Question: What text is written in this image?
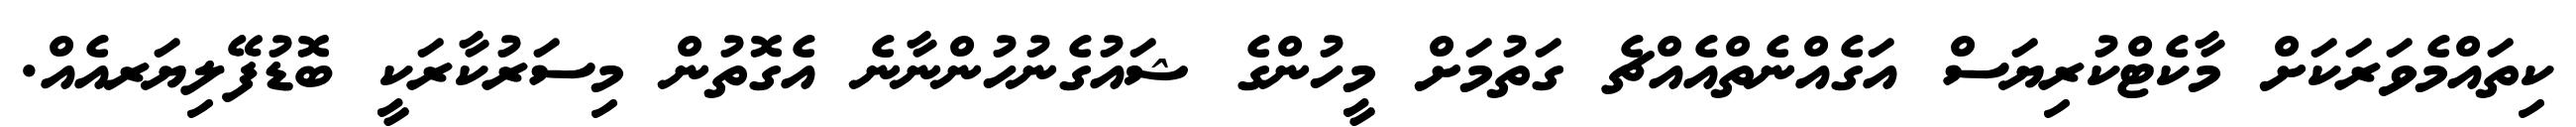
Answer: ކިތައްމެވަރަކަށް މާކެޓްކުރިޔަސް އަގެއްނެތްއެއްޗެ ގަތުމަށް މީހުންގެ ޝައުގެނުހުންނާނެ އެގޮތުން މިސަރުކާރަކީ ބޮޑުފޭލިޔަރއެއް.